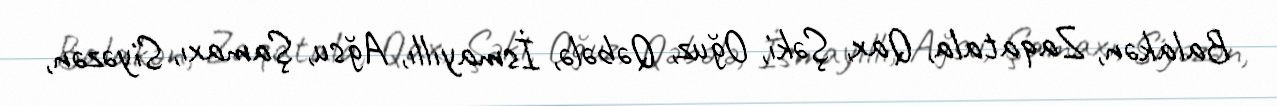
Balakən, Zaqatala, Qax, Şəki, Oğuz, Qəbələ, İsmayıllı, Ağsu, Şamaxı, Siyəzən,